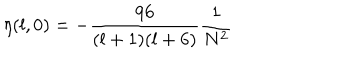
\eta ( l , 0 ) = - \frac { 9 6 } { ( l + 1 ) ( l + 6 ) } \frac { 1 } { N ^ { 2 } }